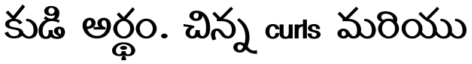
కుడి అర్థం. చిన్న curls మరియు